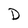
Character: D